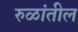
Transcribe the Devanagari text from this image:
रुळांतील